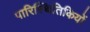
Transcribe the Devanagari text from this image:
पारिस्थितिकियों